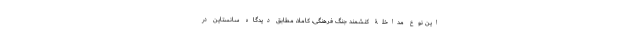
این نوع مداخلۀ کنشمند جنگ فرهنگی، کاملاً، مطابق دیدگاه سانستاین در